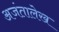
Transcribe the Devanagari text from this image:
अजंतालेख